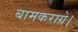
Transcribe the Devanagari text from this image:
बामकराग्रे।